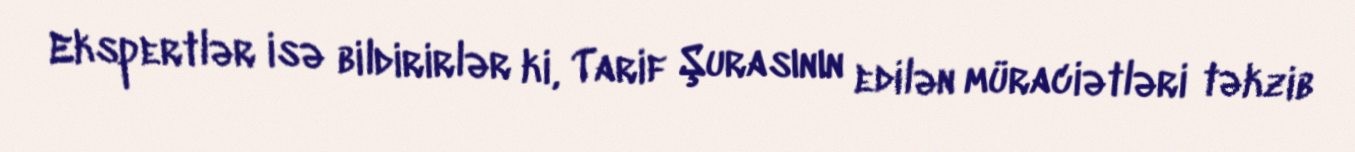
Ekspertlər isə bildirirlər ki, Tarif Şurasının edilən müraciətləri təkzib